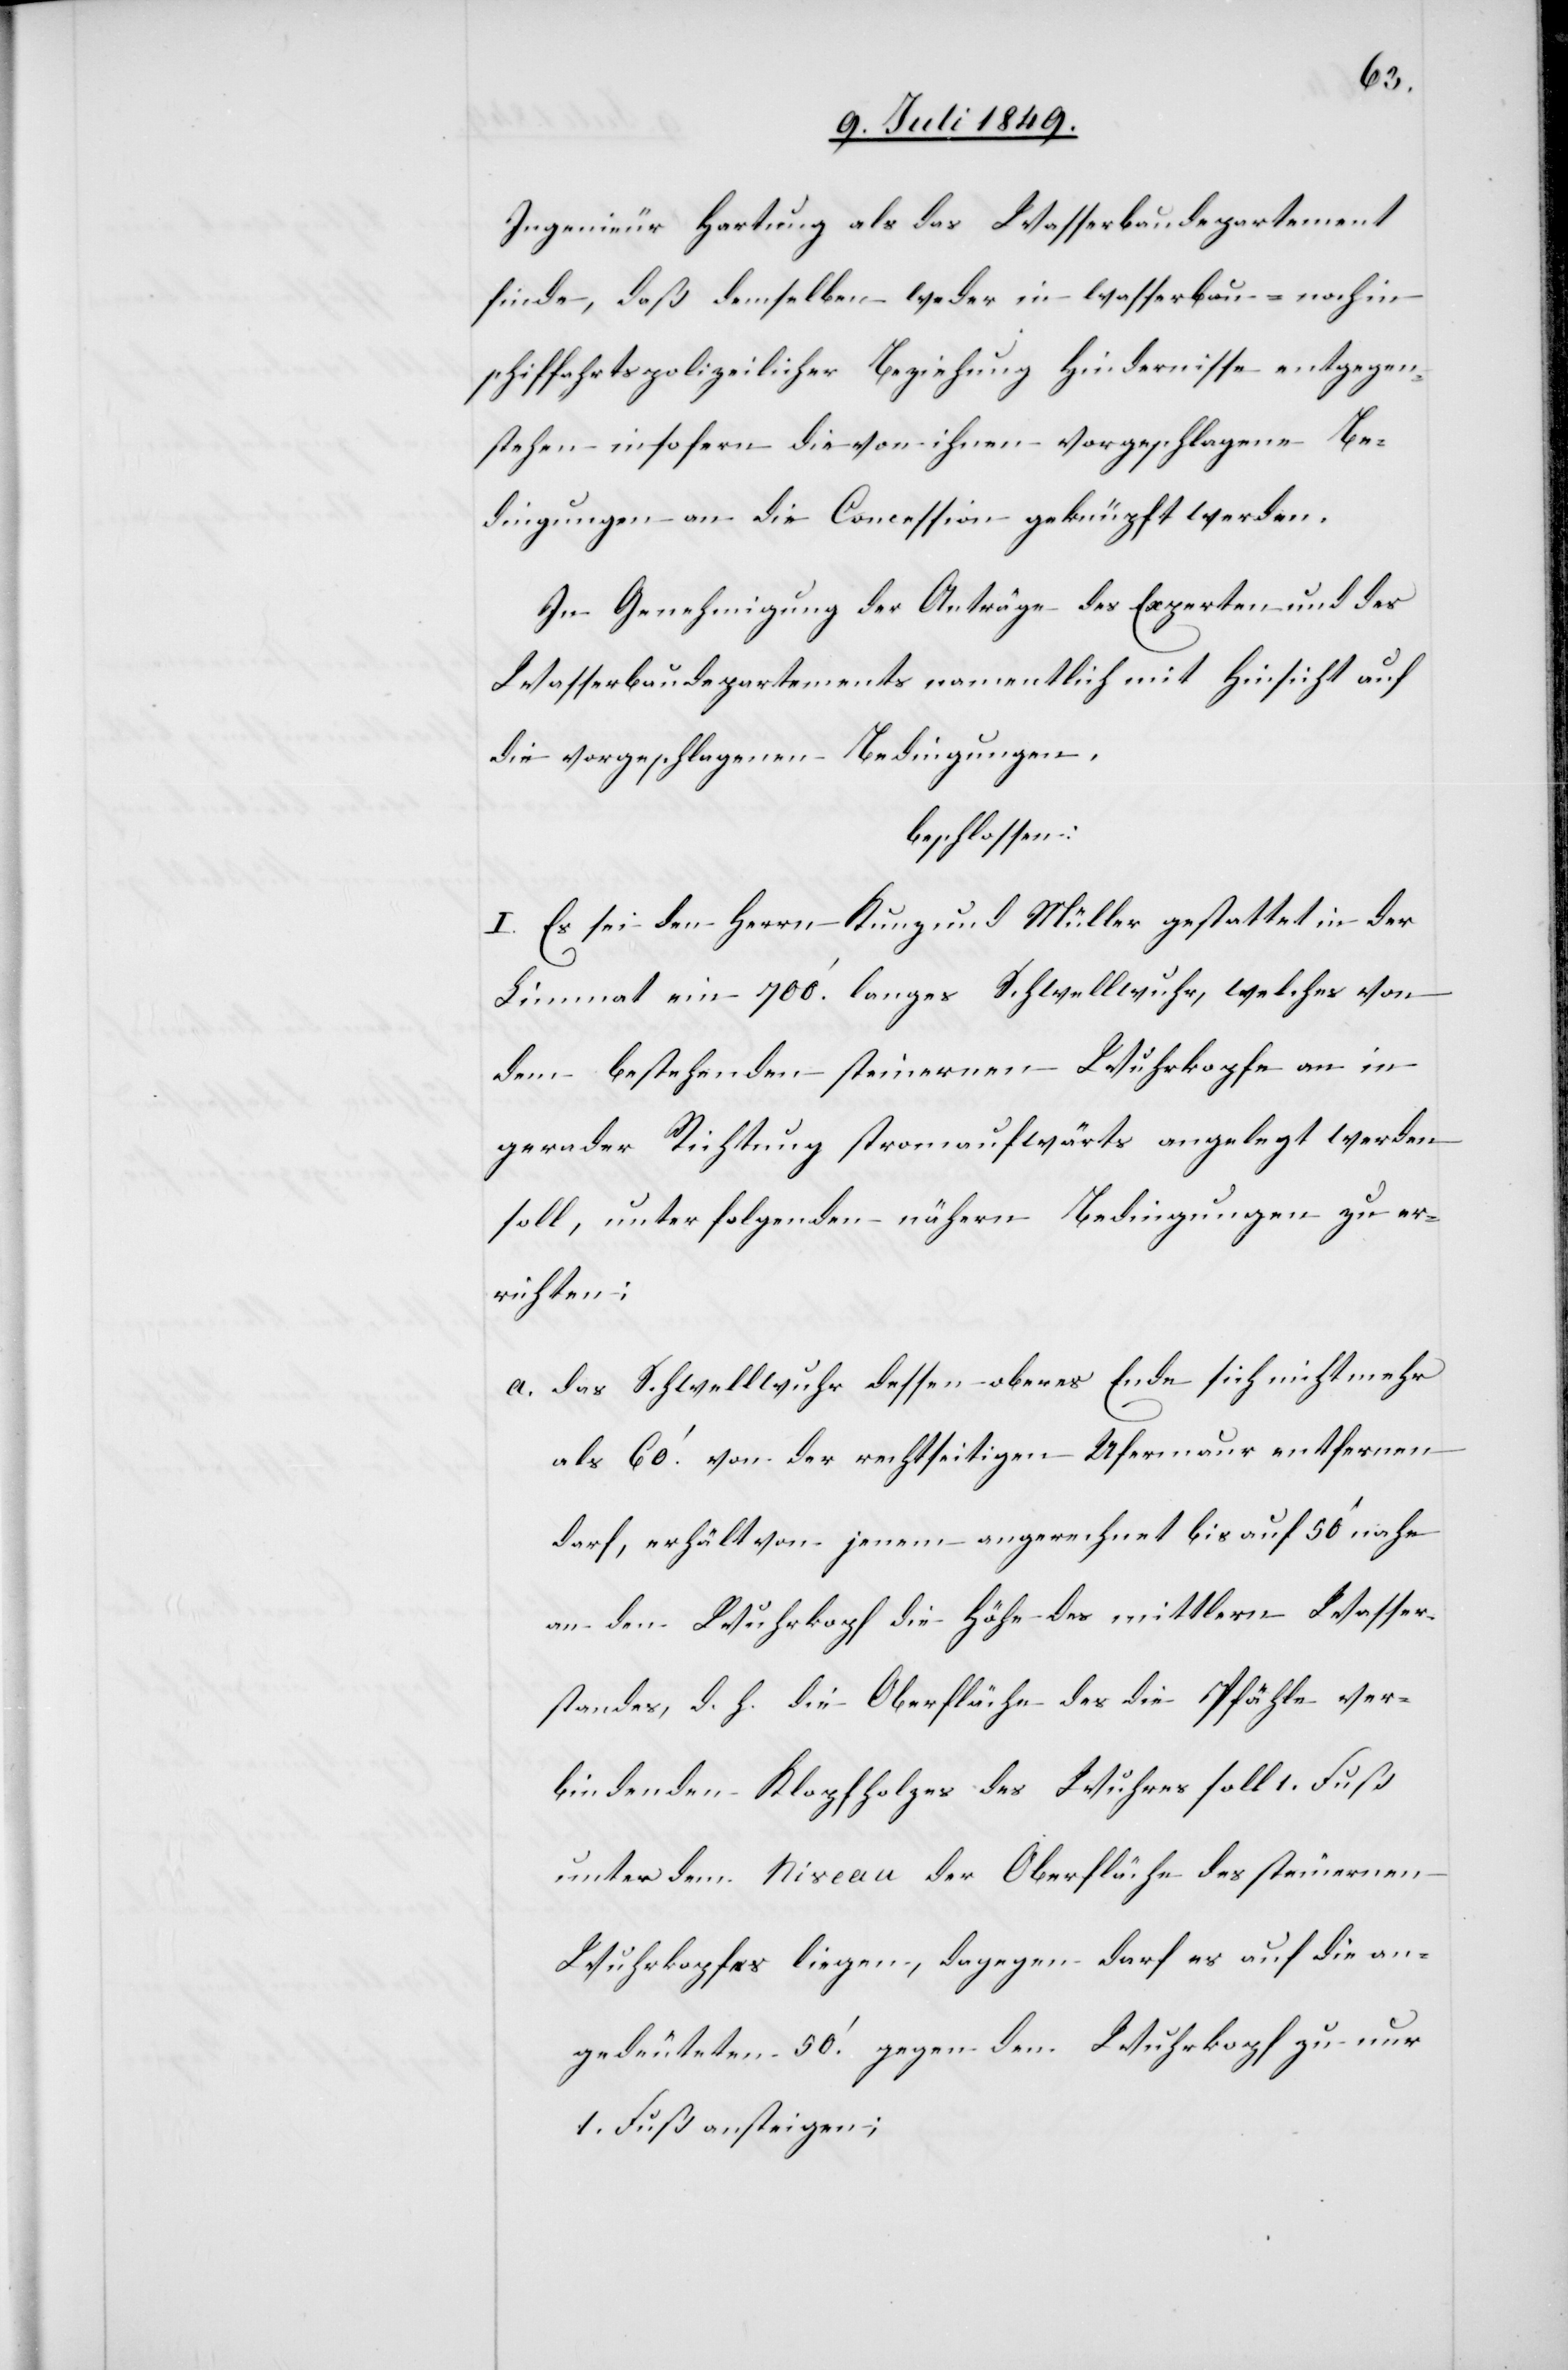
Ingenieur Hartung als das Wasserbaudepartement
finde, daß demselben weder in wasserbau- noch in
schiffahrtspolizeilicher Beziehung Hindernisse entgegen¬
stehen insofern die von ihnen vorgeschlagene Be¬
dingungen an die Concession geknüpft werden.
In Genehmigung der Anträge des Experten und des
Wasserbaudepartements namentlich mit Hinsicht auf
die vorgeschlagenen Bedingungen.
beschlossen:
I. Es sei den Herrn Kunz und Müller gestattet in der
Limmat ein 700‘ langes Schwellwuhr, welches von
dem bestehenden steinernen Wuhrkopfe an in
gerader Richtung stromaufwärts angelegt werden
soll, unter folgenden nähern Bedingungen zu er¬
richten:
a. des Schwellwuhr dessen oberes Ende sich nicht mehr
als 60‘ von der rechtseitigen Ufermaur entfernen
darf, erhält von jenem angerechnet bis auf 50‘ nahe
an den Wuhrkopf die Höhe des mittlern Wasser¬
standes, d. h. die Oberfläche des die Pfähle ver¬
bindenden Klopfholze des Wuhres soll 1. Fuß
unter dem Niveau der Oberfläche des steinernen
Wuhrkopfes liegen, dagegen darf es auf die an¬
gedeuteten 50‘ gegen den Wuhrkopf zu nur
1. Fuß ansteigen;